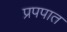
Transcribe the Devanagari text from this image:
प्रपपात